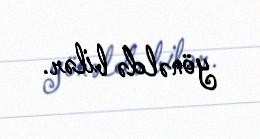
yönəldə bilər.